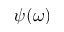
\psi ( \boldsymbol \omega )